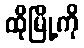
ထိုမြို့ကို